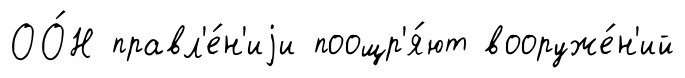
ОО́Н правл'е́н'иjи поощр'я́ют вооруже́н'ий